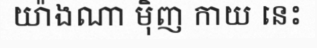
យ៉ាងណា ម៉ិញ កាយ នេះ